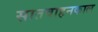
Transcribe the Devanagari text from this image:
सातवाहनकाल